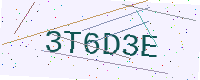
Text: 3T6D3E